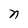
Character: n